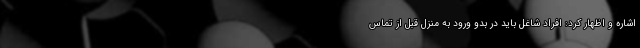
اشاره و اظهار کرد: افراد شاغل باید در بدو ورود به منزل قبل از تماس